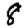
Digit: 8